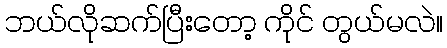
ဘယ်လိုဆက်ပြီးတော့ ကိုင် တွယ်မလဲ။